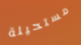
مستحيلة